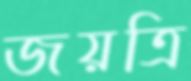
জয়ত্রি